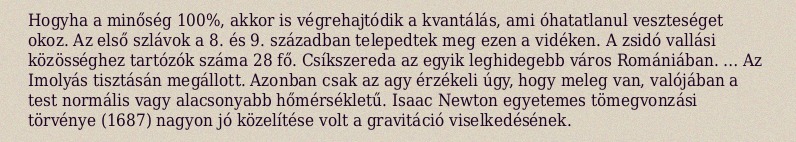
Hogyha a minőség 100%, akkor is végrehajtódik a kvantálás, ami óhatatlanul veszteséget okoz. Az első szlávok a 8. és 9. században telepedtek meg ezen a vidéken. A zsidó vallási közösséghez tartózók száma 28 fő. Csíkszereda az egyik leghidegebb város Romániában. … Az Imolyás tisztásán megállott. Azonban csak az agy érzékeli úgy, hogy meleg van, valójában a test normális vagy alacsonyabb hőmérsékletű. Isaac Newton egyetemes tömegvonzási törvénye (1687) nagyon jó közelítése volt a gravitáció viselkedésének.